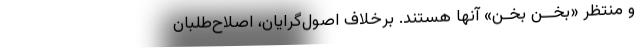
و منتظر «بَخِــّن بَخِـّن» آنها هستند. برخلاف اصول‌گرایان، اصلاح‌طلبان